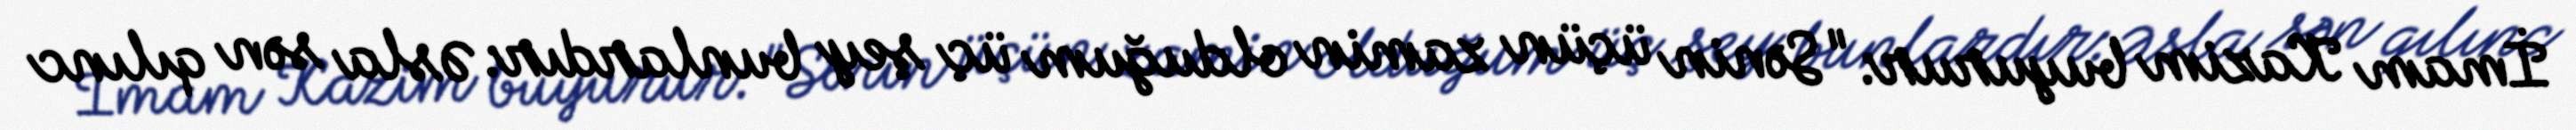
İmam Kazim buyurur: "Sənin üçün zamin olduğum üç şey bunlardır: Əsla sən qılınc